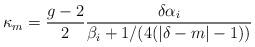
LaTeX: \begin{align*}\kappa_m={g-2\over 2}{\delta\alpha_i\over\beta_i+1/(4(|\delta -m|-1))}\end{align*}